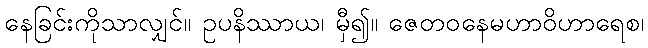
နေခြင်းကိုသာလျှင်။ ဥပနိဿာယ၊ မှီ၍။ ဇေတဝနေမဟာဝိဟာရေစ၊